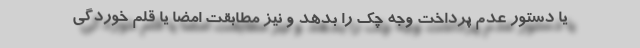
یا دستور عدم پرداخت وجه چک را بدهد و نیز مطابقت امضا یا قلم خوردگی